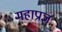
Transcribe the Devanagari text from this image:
महाप्राज्ञ